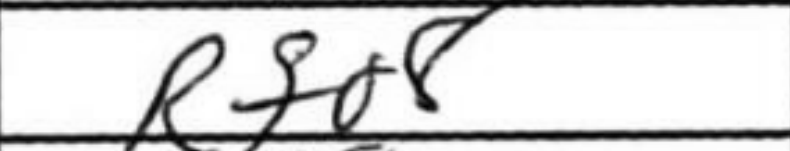
Transcription: Rfa8